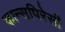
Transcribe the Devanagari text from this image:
कान्सपिरेसी